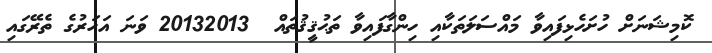
ކޮމިޝަނަށް ހުށަހެޅިފައިވާ މައްސަލަތަކާއި ހިންގާފައިވާ ތަޙުޤީޤުތައް  20132013 ވަނަ އަހަރުގެ ތެރޭގައި